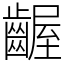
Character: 齷